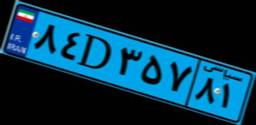
۷۴D۸۱۹۵۳